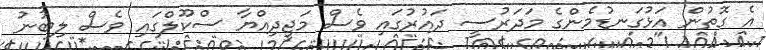
އެ ގޮތުން އަޅުގަނޑުމެންގެ މަދަރުސީ ދައުރުގައި ވެސް މަޖީދިއްޔާ ސްކޫލްގައި ވެސް ލިބުނު